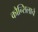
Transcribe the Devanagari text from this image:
कौन्सिलाचे